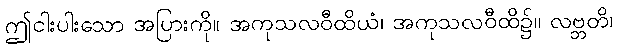
ဤငါးပါးသော အပြားကို။ အကုသလဝီထိယံ၊ အကုသလဝီထိ၌။ လဗ္ဘတိ၊